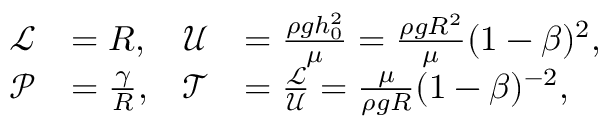
\begin{array} { r l r l } { \mathcal { L } } & { = R , } & { \mathcal { U } } & { = \frac { \rho g h _ { 0 } ^ { 2 } } { \mu } = \frac { \rho g R ^ { 2 } } { \mu } ( 1 - \beta ) ^ { 2 } , } \\ { \mathcal { P } } & { = \frac { \gamma } { R } , } & { \mathcal { T } } & { = \frac { \mathcal { L } } { \mathcal { U } } = \frac { \mu } { \rho g R } ( 1 - \beta ) ^ { - 2 } , } \end{array}